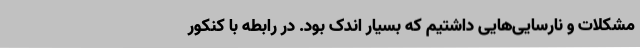
مشکلات و نارسایی‌هایی داشتیم که بسیار اندک بود. در رابطه با کنکور